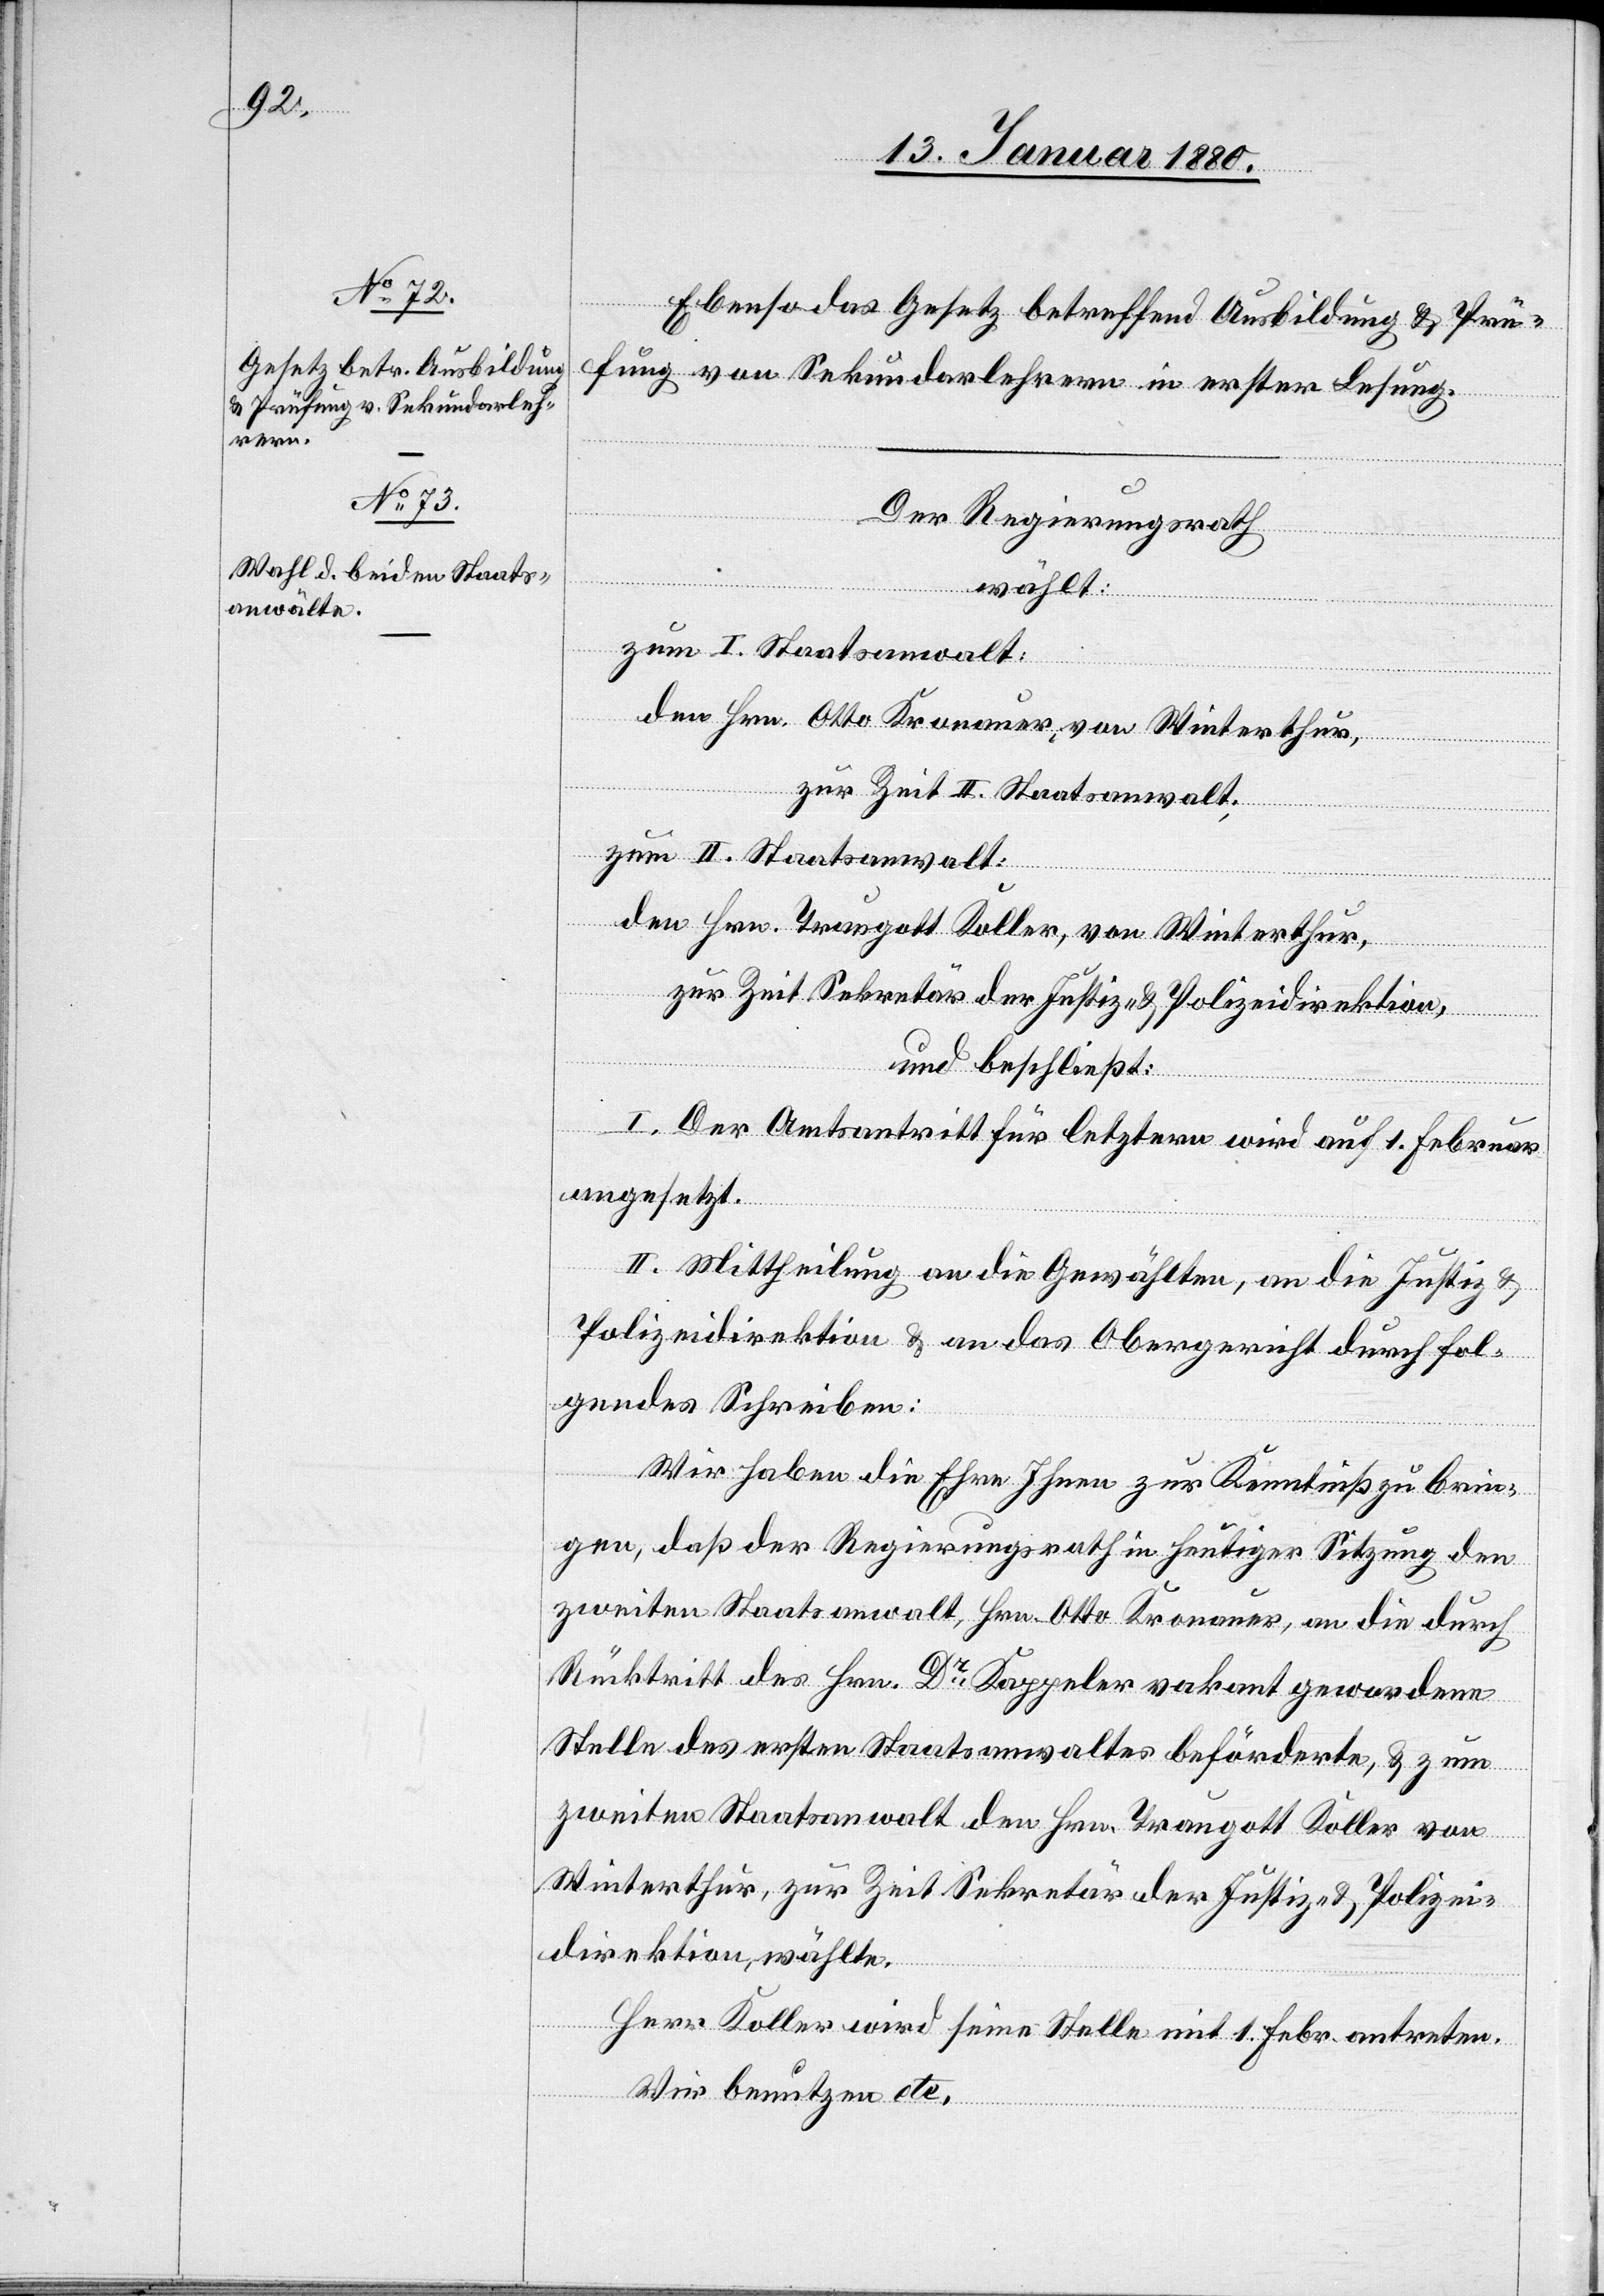
Ebenso das Gesetz betreffend Ausbildung & Prü¬
fung von Sekundarlehrern in erster Lesung.
Der Regierungsrath,
wählt:
zum I. Staatsanwalt:
den Hrn. Otto Kronauer von Winterthur,
zur Zeit II. Staatsanwalt.
zum II. Staatsanwalt:
den Hrn. Traugott Koller, von Winterthur,
zur Zeit Sekretär der Justiz- & Polizeidirektion,
und beschließt:
I. Der Amtsantritt für letztern wird auf 1. Februar
angesetzt.
II. Mittheilung an die Gewählten, an die Justiz &
Polizeidirektion & an das Obergericht durch fol¬
gendes Schreiben:
Wir haben die Ehre Ihnen zur Kenntniß zu brin¬
gen, daß der Regierungsrath in heutiger Sitzung den
zweiten Staatsanwalt, Hrn. Otto Kronauer, an die durch
Rücktritt des Hrn. Dr Kappeler vakant gewordenen
Stelle des ersten Staatsanwaltes beförderte, & zum
zweiten Staatsanwalt den Hrn. Traugott Koller von
Winterthur, zur Zeit Sekretär der Justiz- & Polizei¬
direktion, wählte.
Herr Koller wird seine Stelle mit 1. Febr. antreten.
Wir benutzen etc.